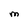
Character: m